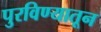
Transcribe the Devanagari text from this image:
पुरविण्यातून